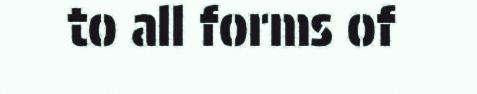
to all forms of